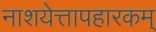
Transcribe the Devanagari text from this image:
नाशयेत्तापहारकम्